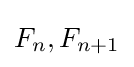
F_{n},F_{n+1}